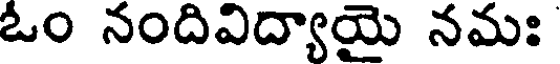
ఓం నందివిద్యాయై నమః